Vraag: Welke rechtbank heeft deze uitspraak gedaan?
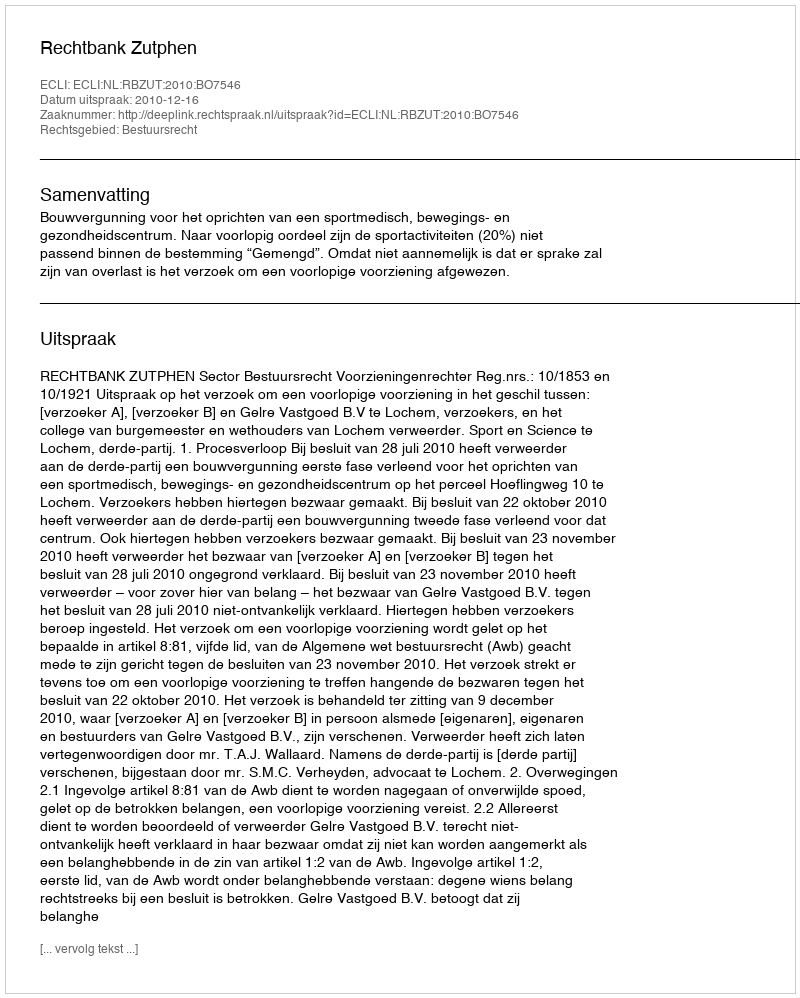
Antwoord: Rechtbank Zutphen